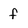
Character: f